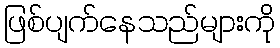
ဖြစ်ပျက်နေသည်များကို